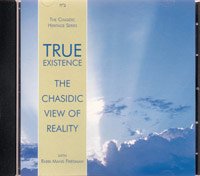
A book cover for True Existence - The Chasidic View of Reality; Shmuel Schneersohn; Religion & Spirituality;